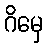
ဂိမှေ